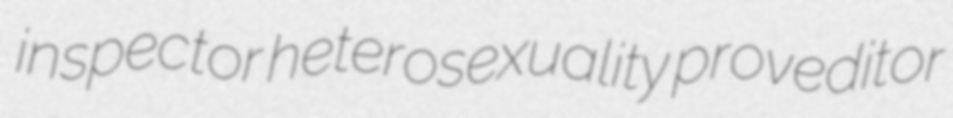
inspector heterosexuality proveditor